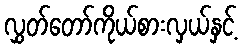
လွှတ်တော်ကိုယ်စားလှယ်နှင့်